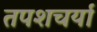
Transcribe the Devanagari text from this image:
तपशचर्या